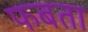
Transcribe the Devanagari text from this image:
फबता